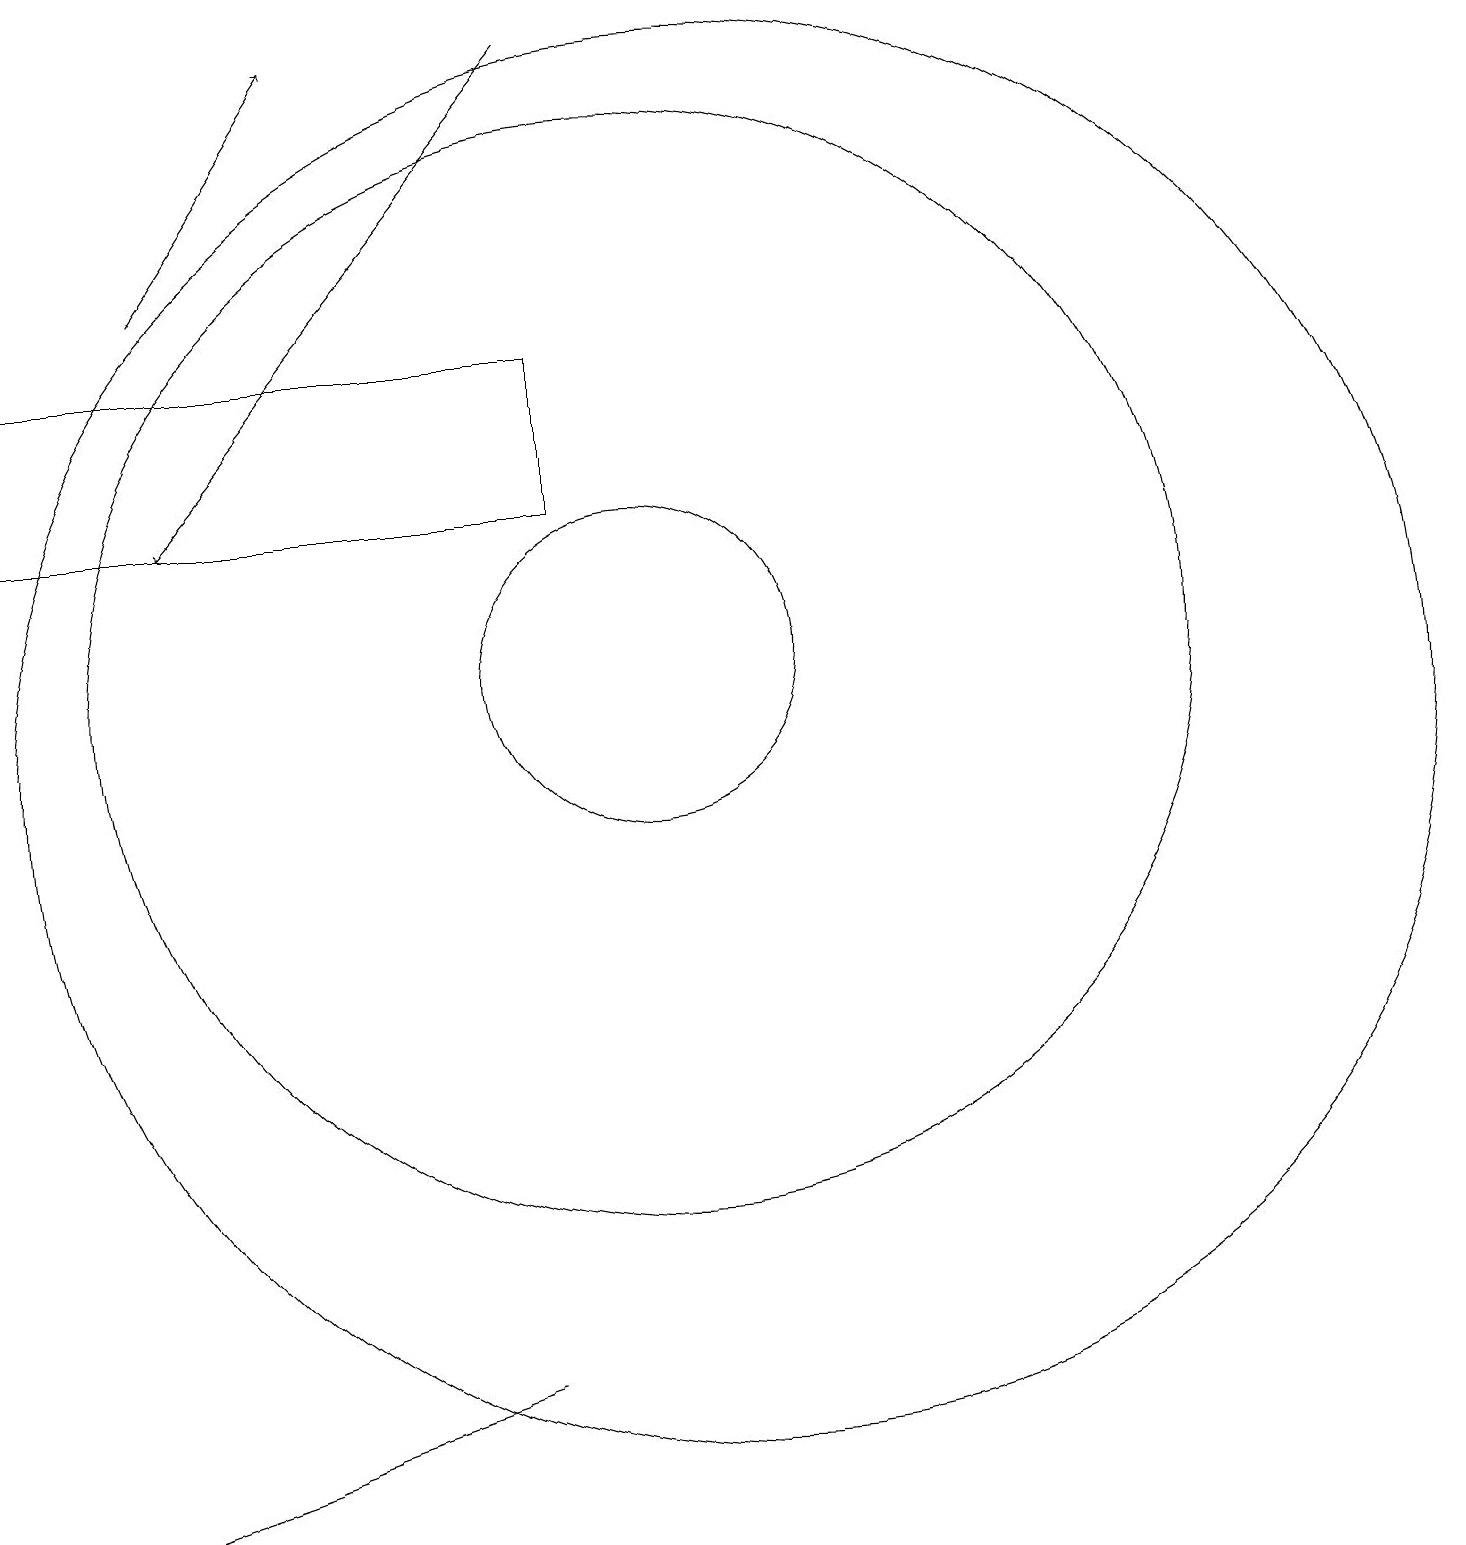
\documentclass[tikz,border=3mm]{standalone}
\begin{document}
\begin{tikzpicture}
\draw[->] (9,19) -- (4,13);
\draw (9,15) rectangle (2,13);
\draw (8,2) -- (2,0) -- (8,2) -- cycle;
\draw (11,10) circle (9);
\draw (10,11) circle (7);
\draw[->] (4,16) -- (6,19);
\draw (10,11) circle (2);
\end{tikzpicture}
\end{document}